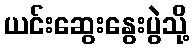
ယင်းဆွေးနွေးပွဲသို့